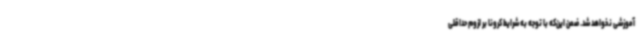
آموزشی نخواهد شد. ضمن این‌که با توجه به شرایط کرونا بر لزوم حداقلی